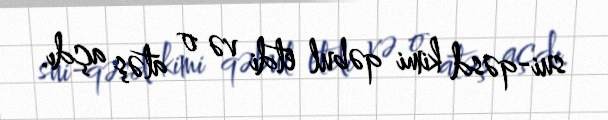
sui-qəsd kimi qəbul etdi və o atəş açdı.